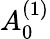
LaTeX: A_{0}^{(1)}